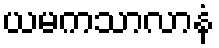
ယမကသာလာနံ